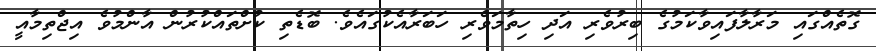
ގޮތެއްގައި މަރާލާފައިވާކަމުގެ ބިރުވެރި އަދި ހިތާމަވެރި ހަބަރާއެކުގައެވެ. ބޮޑެތި ކުށްތައްކުރުން އާންމުވެ އިޖްތިމާއީ